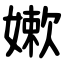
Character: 嫰